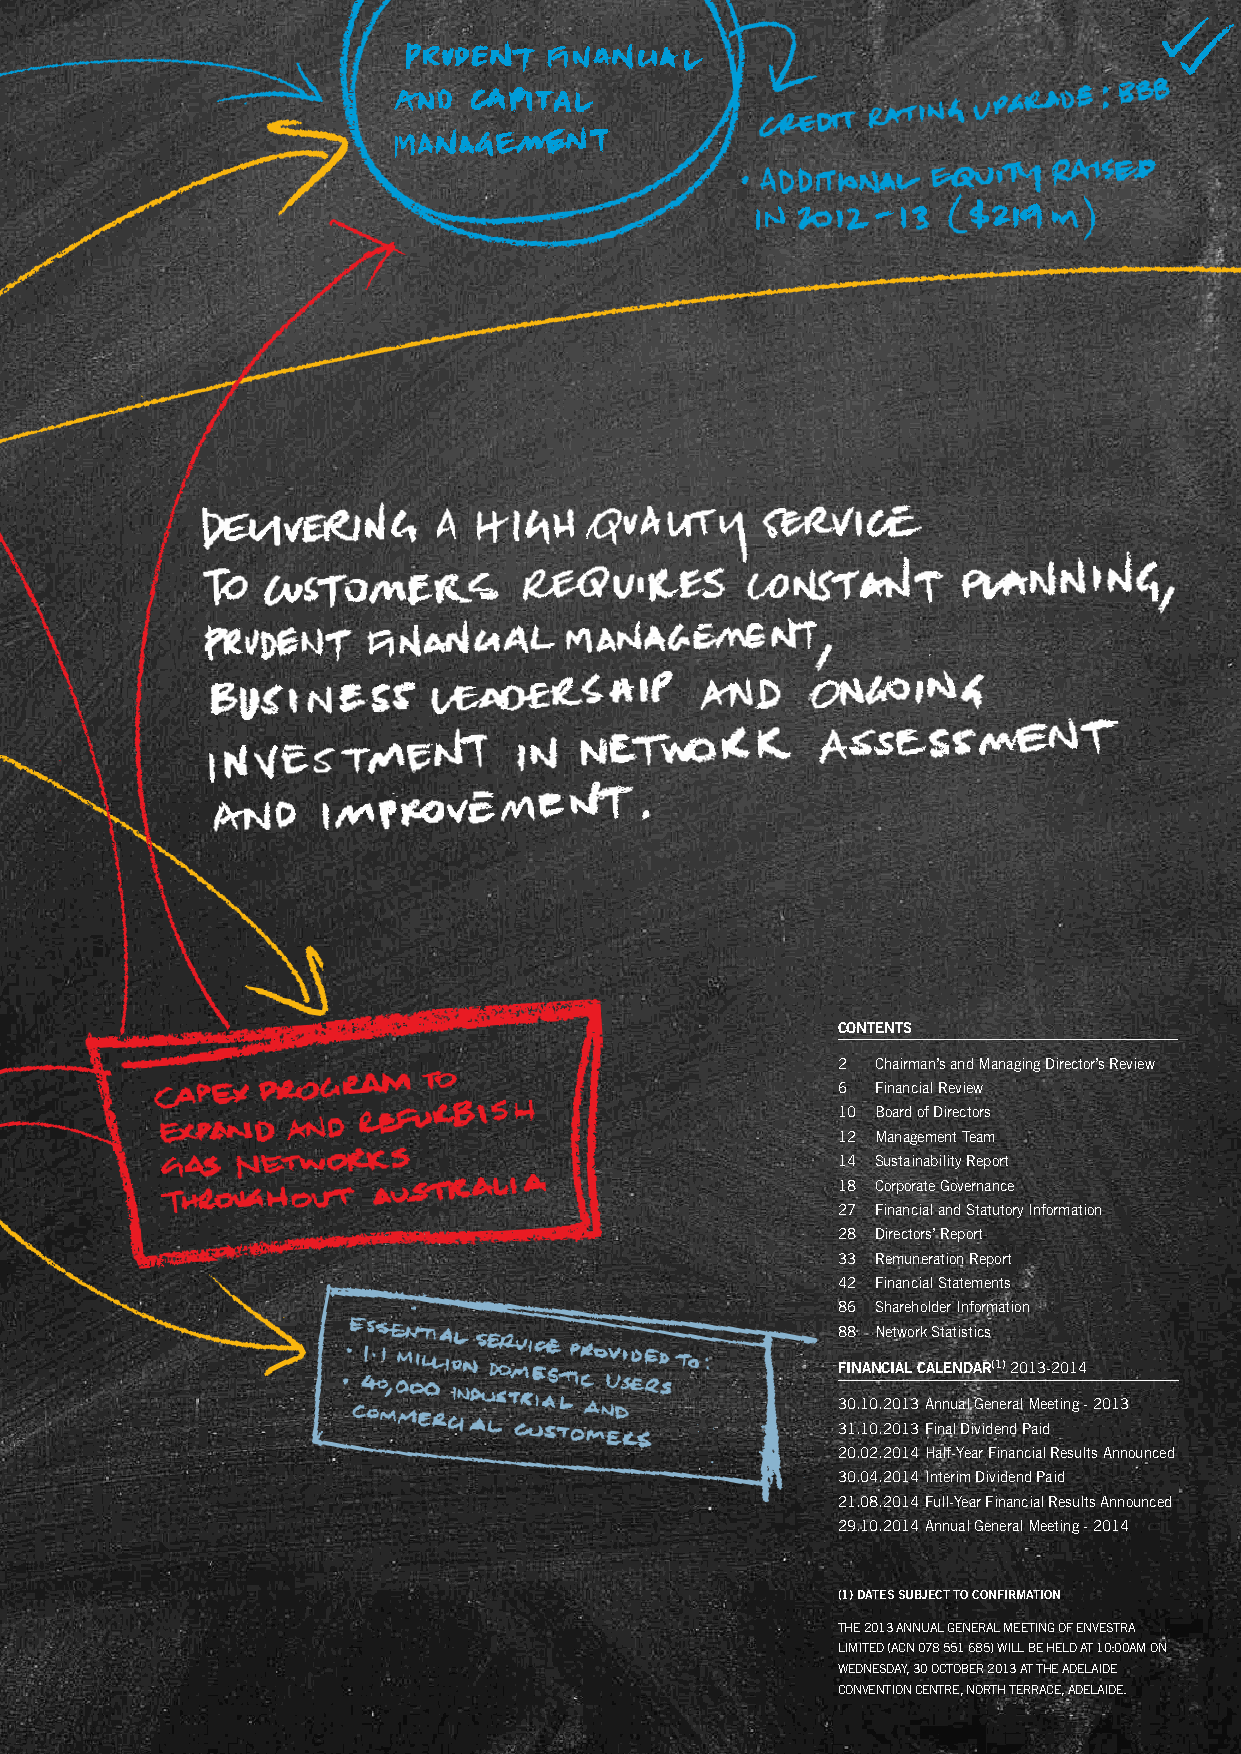
CONTENTS
 2  Chairman’s and Managing Director’s Review
 6  Financial Review
 10 Board of Directors
 12 Management Team
 14 Sustainability Report
 18 Corporate Governance
 27 Financial and Statutory Information
 28 Directors’ Report
 33 Remuneration Report
 42 Financial Statements
 86 Shareholder Information
 88 Network Statistics
 FiNaNCial CalENdar(1) 2013-2014
 30.10.2013 Annual General Meeting - 2013
 31.10.2013 Final Dividend Paid
 20.02.2014 Half-Year Financial Results Announced
 30.04.2014 Interim Dividend Paid
 21.08.2014 Full-Year Financial Results Announced
 29.10.2014 Annual General Meeting - 2014
 (1) daTES SubjECT TO CONFirmaTiON
 THe 2013 ANNuAl GeNeRAl MeeTING oF eNveSTR A
 lIMITeD (ACN 078 551 685) wIll Be HelD AT 10:00AM oN
 weDNeSDAY, 30 oCToBeR 2013 AT THe ADelAIDe
 CoNveNTIoN CeNTRe, NoRTH TeRRACe, ADelAIDe.